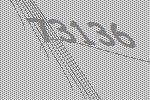
73136